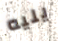
يليه